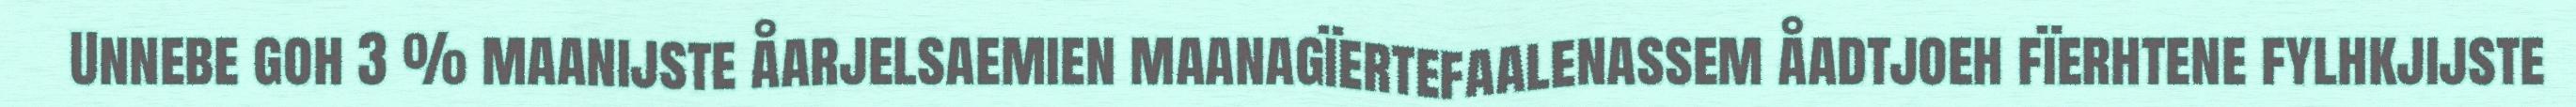
Unnebe goh 3 % maanijste åarjelsaemien maanagïertefaalenassem åadtjoeh fïerhtene fylhkjijste